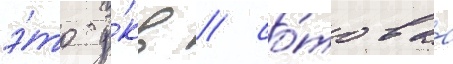
э́то у́кв / со́товаа